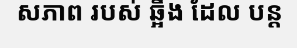
សភាព របស់ ឆ្អឹង ដែល បន្ត